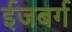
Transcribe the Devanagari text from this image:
ईजबर्ग